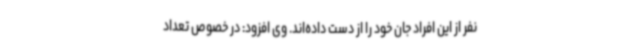
نفر از این افراد جان خود را از دست داده‌اند. وی افزود: در خصوص تعداد